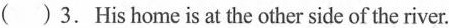
( ) 3.His home is at the other side of the river.